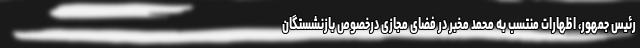
رئیس جمهور، اظهارات منتسب به محمد مخبر در فضای مجازی درخصوص بازنشستگان